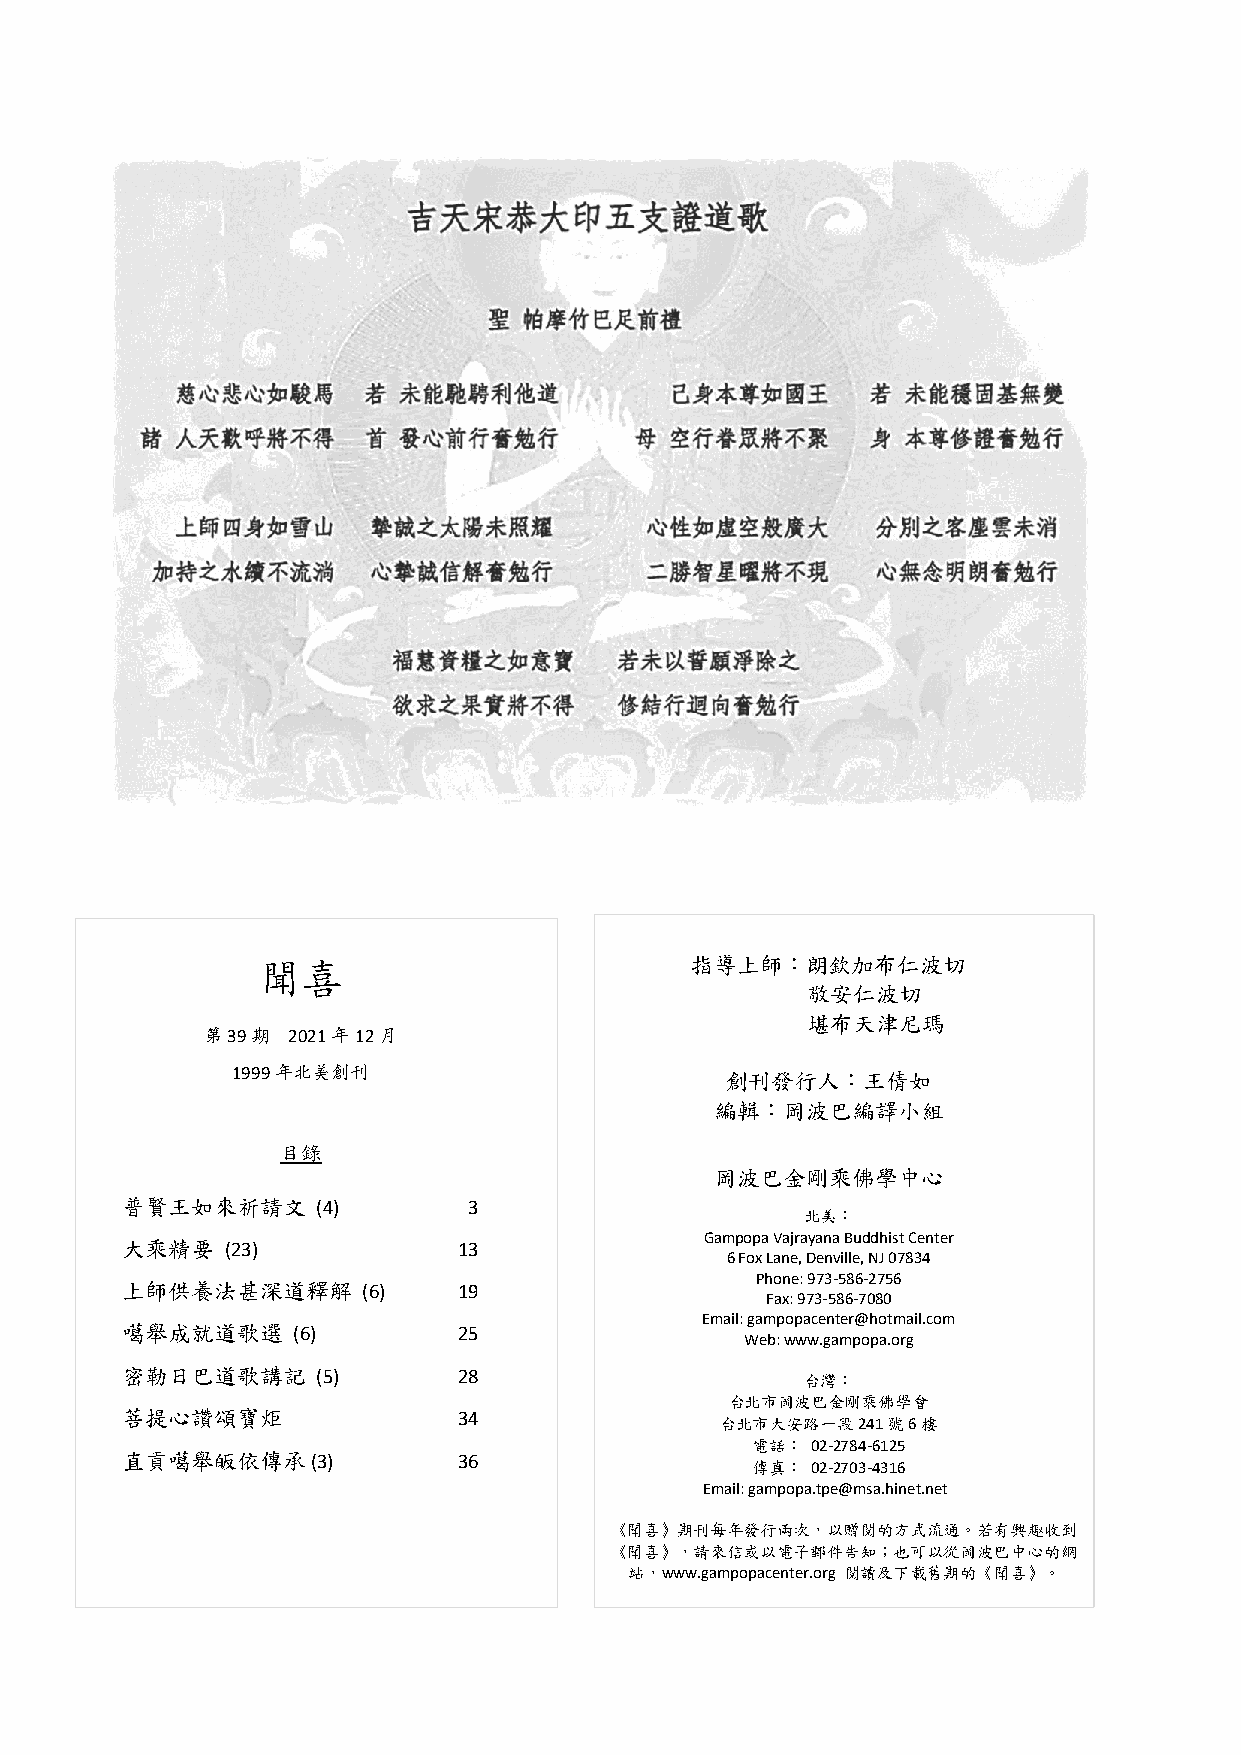
聞喜                           指導上師：朗欽加布仁波切
 敬安仁波切
 堪布天津尼瑪
 第39期  2021年12月
 1999年北美創刊
 創刊發行人：王倩如
 編輯：岡波巴編譯小組
 目錄
 岡波巴金剛乘佛學中心
 普賢王如來祈請文     (4)       3
 北美：
 Gampopa Vajrayana Buddhist Center
 大乘精要   (23)           13
 6 Fox Lane, Denville, NJ 07834
 Phone: 973-586-2756
 上師供養法甚深道釋解      (6)   19
 Fax: 973-586-7080
 Email: gampopacenter@hotmail.com
 噶舉成就道歌選    (6)        25
 Web: www.gampopa.org
 密勒日巴道歌講記     (5)      28                     台灣：
 台北市岡波巴金剛乘佛學會
 菩提心讚頌寶炬               34                台北市大安路一段241號6樓
 電話： 02-2784-6125
 直貢噶舉皈依傳承     (3)      36
 傳真： 02-2703-4316
 Email: gampopa.tpe@msa.hinet.net
 《聞喜》期刊每年發行兩次，以贈閱的方式流通。若有興趣收到
 《聞喜》，請來信或以電子郵件告知；也可以從岡波巴中心的網
 站，www.gampopacenter.org 閱讀及下載舊期的《聞喜》。